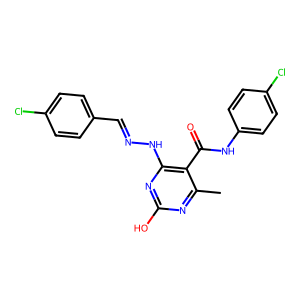
SMILES: Cc1nc(O)nc(NN=Cc2ccc(Cl)cc2)c1C(=O)Nc1ccc(Cl)cc1
Inhibits HIV replication: No